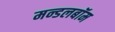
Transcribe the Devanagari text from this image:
मन्डलबॉम